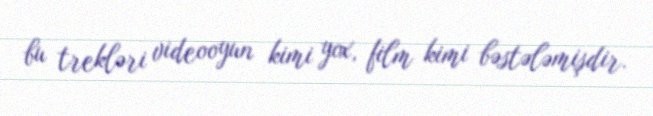
bu trekləri videooyun kimi yox, film kimi bəstələmişdir.